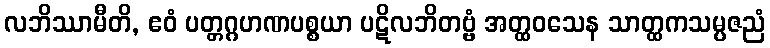
လဘိဿာမီတိ, ဧဝံ ပတ္တဂ္ဂဟဏပစ္စယာ ပဋိလဘိတဗ္ဗံ အတ္ထဝသေန သာတ္ထကသမ္ပဇညံ